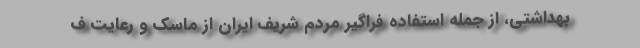
بهداشتی، از جمله استفاده فراگیر مردم شریف ایران از ماسک و رعایت ف